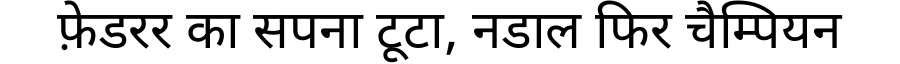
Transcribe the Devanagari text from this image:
फ़ेडरर का सपना टूटा, नडाल फिर चैम्पियन